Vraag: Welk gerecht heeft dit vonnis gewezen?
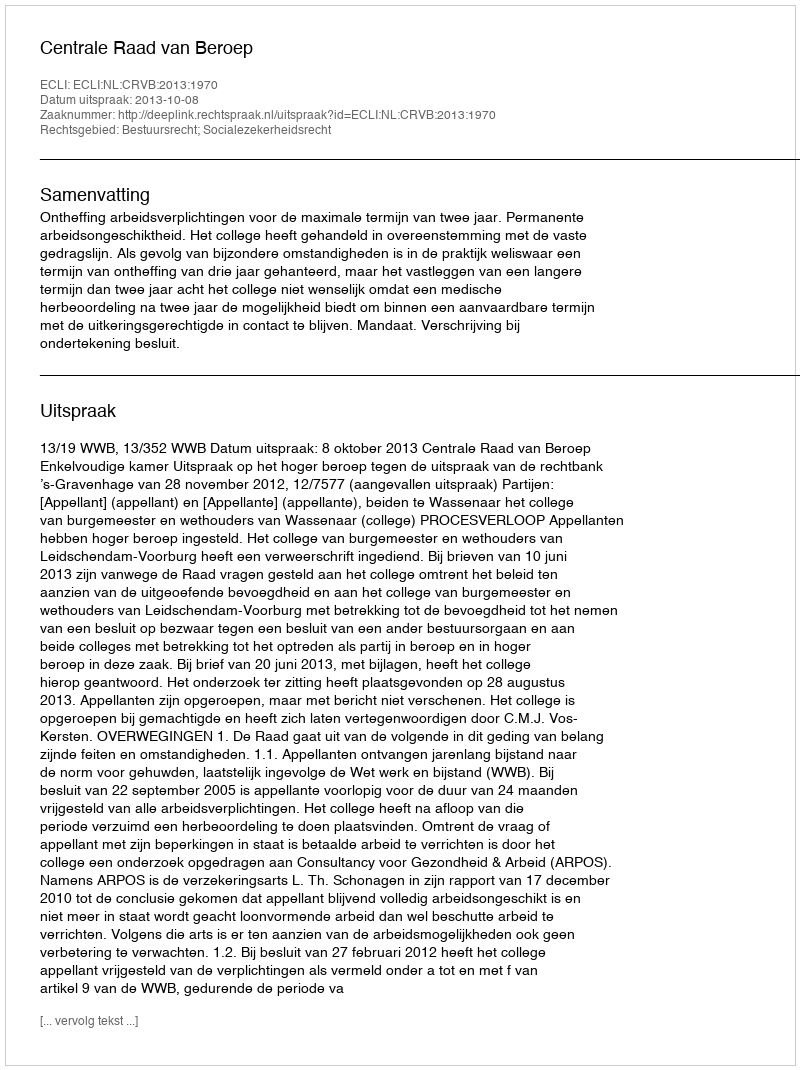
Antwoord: Centrale Raad van Beroep